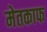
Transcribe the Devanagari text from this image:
मेतकाफ